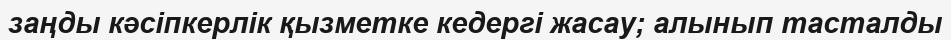
заңды кәсіпкерлік қызметке кедергі жасау; алынып тасталды